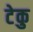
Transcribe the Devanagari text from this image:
टेकु